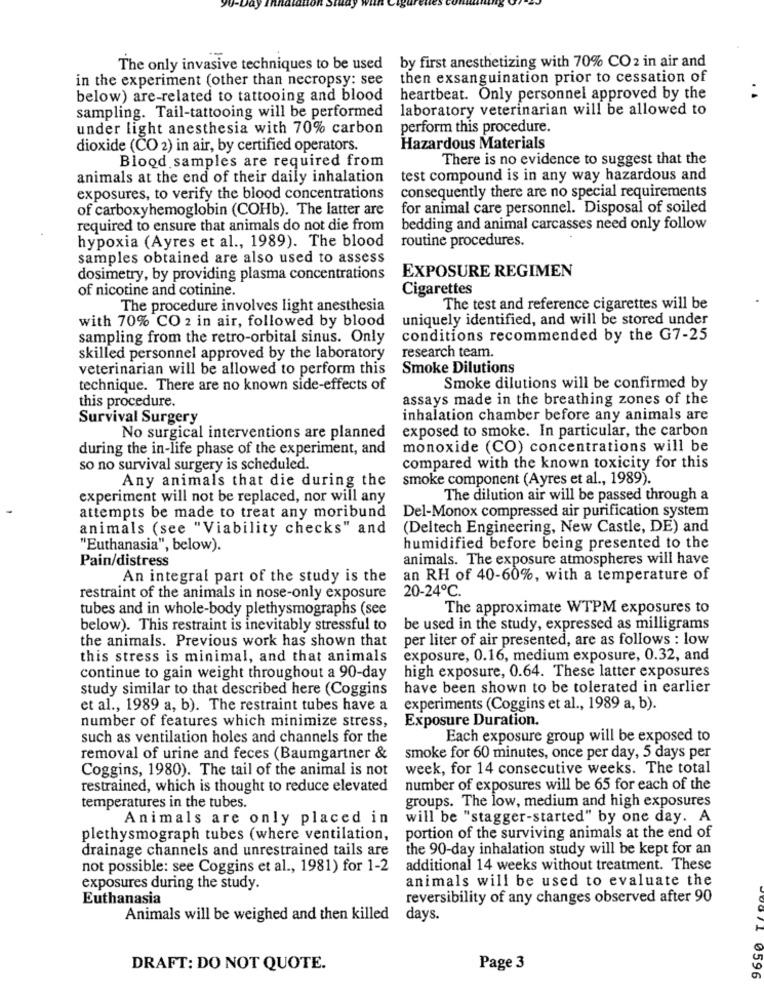
The only invasive techniques to be used
by first anesthetizing with 70% CO 2 in air and
in the experiment (other than necropsy: see
then exsanguination prior to cessation of
below) are-related to tattooing and blood
heartbeat. Only personnel approved by the
sampling. Tail-tattooing will be performed
laboratory veterinarian will be allowed to
under light anesthesia with 70% carbon
perform this procedure.
dioxide (CO 2) in air, by certified operators.
Hazardous Materials
Blood samples are required from
There is no evidence to suggest that the
animals at the end of their daily inhalation
test compound is in any way hazardous and
exposures, to verify the blood concentrations
consequently there are no special requirements
of carboxyhemoglobin (COHb). The latter are
for animal care personnel. Disposal of soiled
required to ensure that animals do not die from
bedding and animal carcasses need only follow
hypoxia (Ayres et al ., 1989). The blood
routine procedures.
samples obtained are also used to assess
EXPOSURE REGIMEN
dosimetry, by providing plasma concentrations
of nicotine and cotinine.
Cigarettes
The procedure involves light anesthesia
The test and reference cigarettes will be
with 70% CO 2 in air, followed by blood
uniquely identified, and will be stored under
sampling from the retro-orbital sinus. Only
conditions recommended by the G7-25
skilled personnel approved by the laboratory
research team.
veterinarian will be allowed to perform this
Smoke Dilutions
technique. There are no known side-effects of
Smoke dilutions will be confirmed by
assays made in the breathing zones of the
this procedure.
Survival Surgery
inhalation chamber before any animals are
exposed to smoke. In particular, the carbon
No surgical interventions are planned
during the in-life phase of the experiment, and
monoxide (CO) concentrations will be
so no survival surgery is scheduled.
compared with the known toxicity for this
Any animals that die during the
smoke component (Ayres et al ., 1989).
experiment will not be replaced, nor will any
The dilution air will be passed through a
Del-Monox compressed air purification system
attempts be made to treat any moribund
animals (see "Viability checks" and
(Deltech Engineering, New Castle, DE) and
"Euthanasia", below).
humidified before being presented to the
Pain/distress
animals. The exposure atmospheres will have
An integral part of the study is the
an RH of 40-60%, with a temperature of
20-24℃.
restraint of the animals in nose-only exposure
tubes and in whole-body plethysmographs (see
The approximate WTPM exposures to
below). This restraint is inevitably stressful to
be used in the study, expressed as milligrams
the animals. Previous work has shown that
per liter of air presented, are as follows : low
this stress is minimal, and that animals
exposure, 0.16, medium exposure, 0.32, and
continue to gain weight throughout a 90-day
high exposure, 0.64. These latter exposures
study similar to that described here (Coggins
have been shown to be tolerated in earlier
et al ., 1989 a, b). The restraint tubes have a
experiments (Coggins et al ., 1989 a, b).
number of features which minimize stress,
Exposure Duration.
such as ventilation holes and channels for the
Each exposure group will be exposed to
removal of urine and feces (Baumgartner &
smoke for 60 minutes, once per day, 5 days per
Coggins, 1980). The tail of the animal is not
week, for 14 consecutive weeks. The total
restrained, which is thought to reduce elevated
number of exposures will be 65 for each of the
groups. The low, medium and high exposures
temperatures in the tubes.
Animals are only placed in
will be "stagger-started" by one day. A
plethysmograph tubes (where ventilation,
portion of the surviving animals at the end of
drainage channels and unrestrained tails are
the 90-day inhalation study will be kept for an
not possible: see Coggins et al ., 1981) for 1-2
additional 14 weeks without treatment. These
animals will be used to evaluate the
exposures during the study.
Euthanasia
reversibility of any changes observed after 90
Animals will be weighed and then killed
days.
DRAFT: DO NOT QUOTE.
Page 3
/1 0596